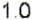
1.0